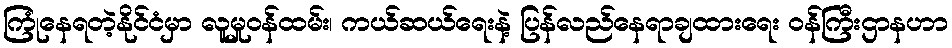
ကြုံနေရတဲ့နိုင်ငံမှာ လူမှုဝန်ထမ်း၊ ကယ်ဆယ်ရေးနဲ့ ပြန်လည်နေရာချထားရေး ဝန်ကြီးဌာနဟာ